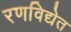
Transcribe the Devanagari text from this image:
रणविद्येत